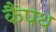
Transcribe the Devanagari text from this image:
कैंपथ